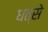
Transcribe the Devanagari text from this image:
धत्से